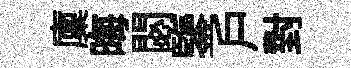
廩晦閟鑒戶對